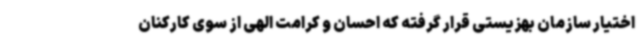
اختیار سازمان بهزیستی قرار گرفته که احسان و کرامت الهی از سوی کارکنان